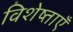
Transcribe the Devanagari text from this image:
विशेष्ताएँ